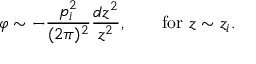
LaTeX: \varphi \sim - { \frac { p _ { i } ^ { 2 } } { ( 2 \pi ) ^ { 2 } } } { \frac { d z ^ { 2 } } { z ^ { 2 } } } , \quad \quad \mathrm { f o r } \, \, z \sim z _ { i } .